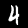
Label: 4